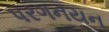
પરગનયન